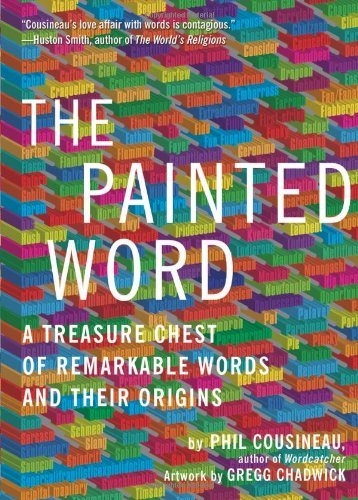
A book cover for The Painted Word: A Treasure Chest of Remarkable Words and Their Origins; Phil Cousineau; History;